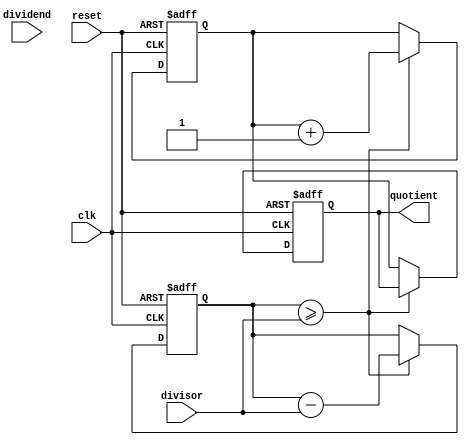
module divider(input clk, // Clock signal
               input reset, // Reset signal
               input [7:0] dividend, // Dividend
               input [7:0] divisor, // Divisor
               output reg [7:0] quotient // Quotient
              );

  reg [7:0] remainder; // Remainder
  reg [7:0] count; // Counter
  
  always @(posedge clk or posedge reset) begin
    if (reset) begin
      count <= 0;
      remainder <= 0;
      quotient <= 0;
    end else begin
      if (remainder >= divisor) begin
        remainder <= remainder - divisor;
        count <= count + 1;
      end else begin
        quotient <= count;
      end
    end
  end
endmodule